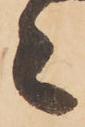
々